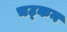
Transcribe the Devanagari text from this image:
चट्कन